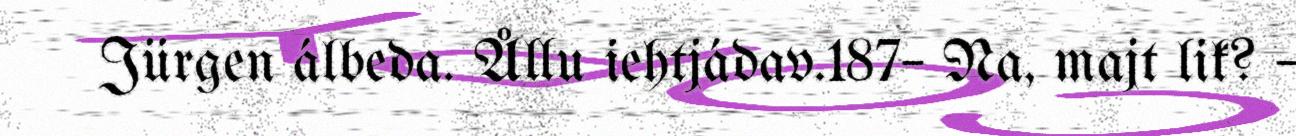
Jürgen álbeda. Ållu iehtjádav.187– Na, majt lik? –